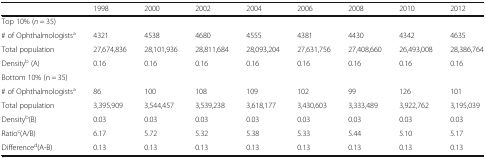
<table><thead><tr><td></td><td><b>1998</b></td><td><b>2000</b></td><td><b>2002</b></td><td><b>2004</b></td><td><b>2006</b></td><td><b>2008</b></td><td><b>2010</b></td><td><b>2012</b></td></tr></thead><tbody><tr><td colspan="9">Top 10% (<i>n</i> = 35)</td></tr><tr><td># of Ophthalmologists<sup>a</sup></td><td>4321</td><td>4538</td><td>4680</td><td>4555</td><td>4381</td><td>4430</td><td>4342</td><td>4635</td></tr><tr><td>Total population</td><td>27,674,836</td><td>28,101,936</td><td>28,811,684</td><td>28,093,204</td><td>27,631,756</td><td>27,408,660</td><td>26,493,008</td><td>28,386,764</td></tr><tr><td>Density<sup>b</sup> (A)</td><td>0.16</td><td>0.16</td><td>0.16</td><td>0.16</td><td>0.16</td><td>0.16</td><td>0.16</td><td>0.16</td></tr><tr><td colspan="9">Bottom 10% (n = 35)</td></tr><tr><td># of Ophthalmologists<sup>a</sup></td><td>86</td><td>100</td><td>108</td><td>109</td><td>102</td><td>99</td><td>126</td><td>101</td></tr><tr><td>Total population</td><td>3,395,909</td><td>3,544,457</td><td>3,539,238</td><td>3,618,177</td><td>3,430,603</td><td>3,333,489</td><td>3,922,762</td><td>3,195,039</td></tr><tr><td>Density<sup>b</sup>(B)</td><td>0.03</td><td>0.03</td><td>0.03</td><td>0.03</td><td>0.03</td><td>0.03</td><td>0.03</td><td>0.03</td></tr><tr><td>Ratio<sup>c</sup>(A/B)</td><td>6.17</td><td>5.72</td><td>5.32</td><td>5.38</td><td>5.33</td><td>5.44</td><td>5.10</td><td>5.17</td></tr><tr><td>Difference<sup>d</sup>(A-B)</td><td>0.13</td><td>0.13</td><td>0.13</td><td>0.13</td><td>0.13</td><td>0.13</td><td>0.13</td><td>0.13</td></tr></tbody></table>